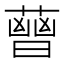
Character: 𧀈